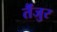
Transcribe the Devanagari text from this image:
तैंजुर